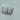
لذا